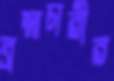
ব্রহ্মচারীর